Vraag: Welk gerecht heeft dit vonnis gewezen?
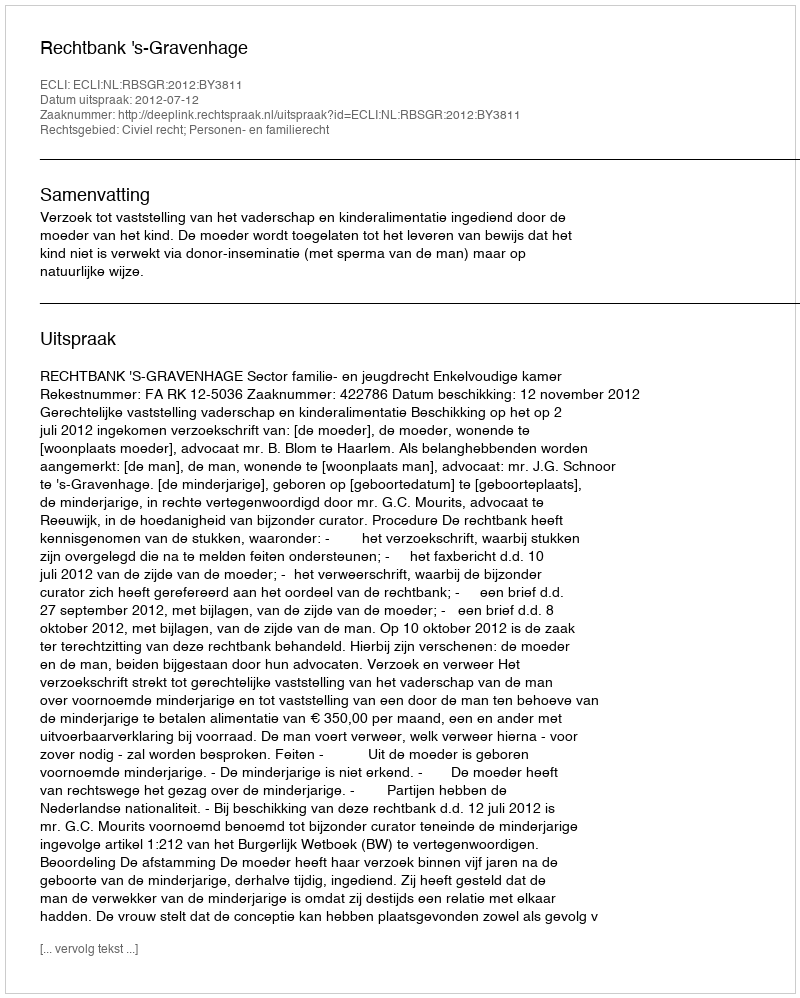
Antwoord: Rechtbank 's-Gravenhage